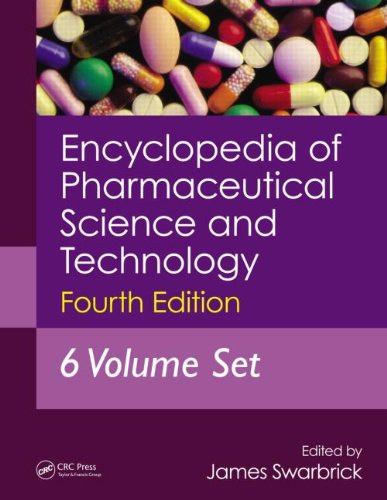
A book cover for Encyclopedia of Pharmaceutical Technology, Second Edition (Online/Print): Encyclopedia of Pharmaceutical Science and Technology, Fourth Edition, Six Volume Set (Print); Medical Books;